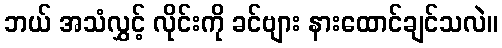
ဘယ် အသံလွှင့် လိုင်းကို ခင်ဗျား နားထောင်ချင်သလဲ။